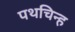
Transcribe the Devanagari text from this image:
पथचिन्ह